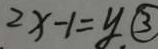
2 x - 1 = y . \textcircled { 3 }